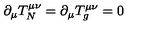
\partial _ { \mu } T _ { N } ^ { \mu \nu } = \partial _ { \mu } T _ { g } ^ { \mu \nu } = 0